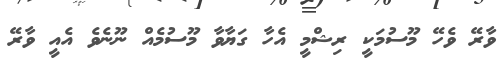
ވާރޭ ވެހޭ މޫސުމަކީ ރިޝްމީ އެހާ ގަޔާވާ މޫސުމެއް ނޫނެވެ އެއީ ވާރޭ